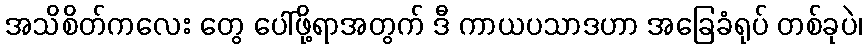
အသိစိတ်ကလေး တွေ ပေါ်ဖို့ရာအတွက် ဒီ ကာယပသာဒဟာ အခြေခံရုပ် တစ်ခုပဲ၊